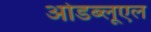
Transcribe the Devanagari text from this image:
ओडब्लूएल